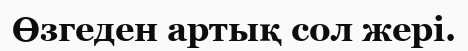
Өзгеден артық сол жері.